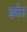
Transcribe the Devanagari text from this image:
डर्कस